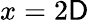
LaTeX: x=2\mathsf{D}